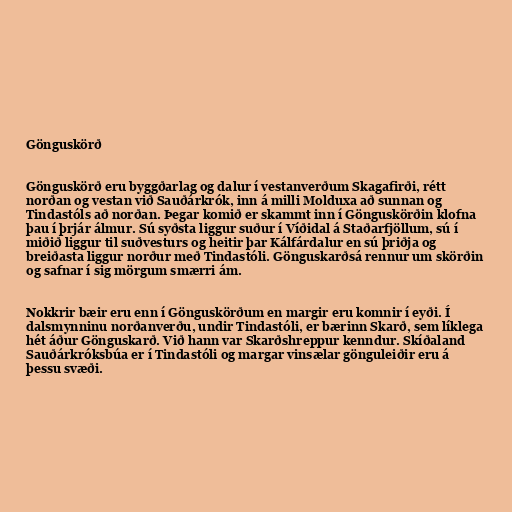
Gönguskörð

Gönguskörð eru byggðarlag og dalur í vestanverðum Skagafirði, rétt
norðan og vestan við Sauðárkrók, inn á milli Molduxa að sunnan og
Tindastóls að norðan. Þegar komið er skammt inn í Gönguskörðin klofna
þau í þrjár álmur. Sú syðsta liggur suður í Víðidal á Staðarfjöllum, sú í
miðið liggur til suðvesturs og heitir þar Kálfárdalur en sú þriðja og
breiðasta liggur norður með Tindastóli. Gönguskarðsá rennur um skörðin
og safnar í sig mörgum smærri ám.

Nokkrir bæir eru enn í Gönguskörðum en margir eru komnir í eyði. Í
dalsmynninu norðanverðu, undir Tindastóli, er bærinn Skarð, sem líklega
hét áður Gönguskarð. Við hann var Skarðshreppur kenndur. Skíðaland
Sauðárkróksbúa er í Tindastóli og margar vinsælar gönguleiðir eru á
þessu svæði.